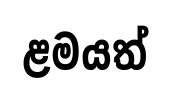
ළමයත්